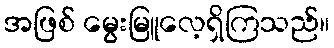
အဖြစ် မွေးမြူလေ့ရှိကြသည်။